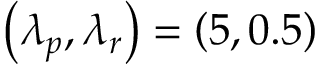
\left( \lambda _ { p } , \lambda _ { r } \right) = \left( 5 , 0 . 5 \right)